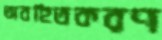
অবহিতকরণ